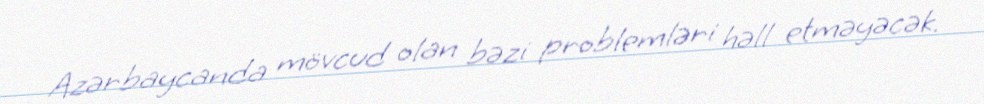
Azərbaycanda mövcud olan bəzi problemləri həll etməyəcək.